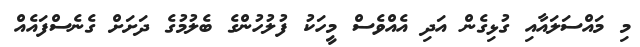
މި މައްސަލައާއި ގުޅިގެން އަދި އެއްވެސް މީހަކު ފުލުހުންގެ ބެލުމުގެ ދަށަށް ގެނެސްފައެއް